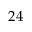
2 4